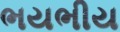
ભયભીય